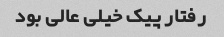
رفتار پیک خیلی عالی بود